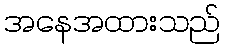
အနေအထားသည်